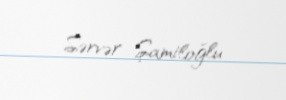
Sərvər Şamiloğlu